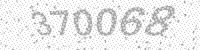
Solution: 370068